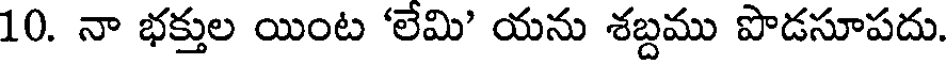
10. నా భక్తుల యింట 'లేమి' యను శబ్దము పొడసూపదు.